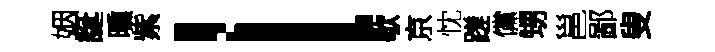
姻誕曛紫l歇京忱蹉儻甥邕鄙叟